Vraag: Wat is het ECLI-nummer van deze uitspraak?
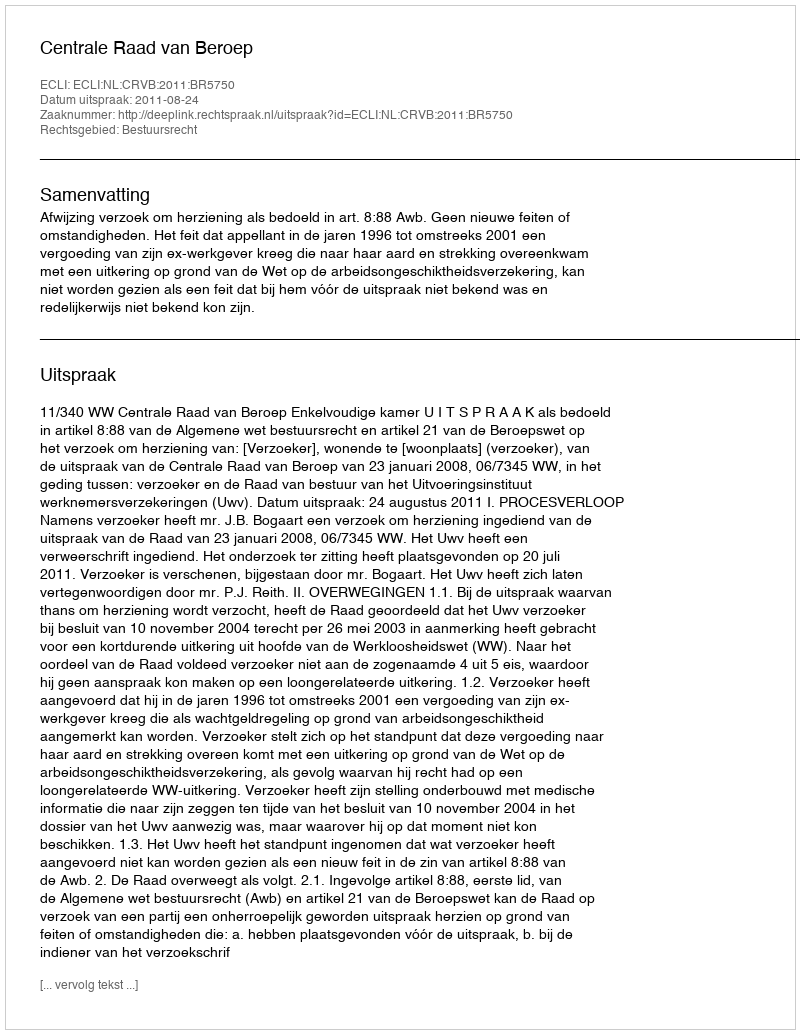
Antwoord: ECLI:NL:CRVB:2011:BR5750